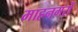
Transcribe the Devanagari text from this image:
माहनगरों